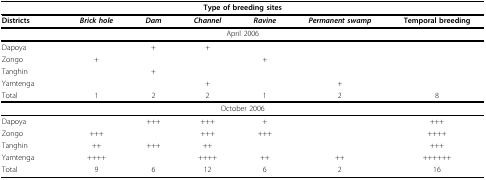
| <COLSPAN=7> Type of breeding sites |
 | --- | --- | --- | --- | --- | --- | --- |
 | Districts | Brick hole | Dam | Channel | Ravine | Permanent swamp | Temporal breeding |
 | <COLSPAN=7> April 2006 |
 | Dapoya |  | + | + |  |  |  |
 | Zongo | + |  |  | + |  |  |
 | Tanghin |  | + |  |  |  |  |
 | Yamtenga |  |  | + |  | + |  |
 | Total | 1 | 2 | 2 | 1 | 2 | 8 |
 | <COLSPAN=7> October 2006 |
 | Dapoya |  | +++ | +++ | + |  | +++ |
 | Zongo | +++ |  | +++ | +++ |  | ++++ |
 | Tanghin | ++ | +++ | ++ |  |  | +++ |
 | Yamtenga | ++++ |  | ++++ | ++ | ++ | ++++++ |
 | Total | 9 | 6 | 12 | 6 | 2 | 16 |